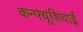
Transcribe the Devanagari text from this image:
कन्फ्यूशियाई